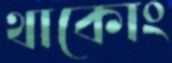
থাকোং